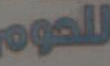
للحوم